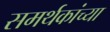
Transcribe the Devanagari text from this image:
समर्थकांच्या